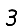
Digit: 3